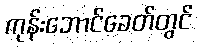
ကုန်းဘောင်ခေတ်တွင်